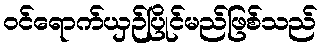
ဝင်ရောက်ယှဉ်ပြိုင်မည်ဖြစ်သည်